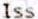
ISS